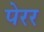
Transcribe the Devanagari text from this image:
पेरर